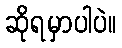
ဆိုရမှာပါပဲ။